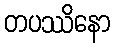
တပဿိနော